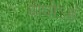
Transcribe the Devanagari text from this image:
बोधोऽहं